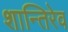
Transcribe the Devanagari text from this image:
शान्तिरेव